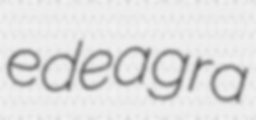
edeagra